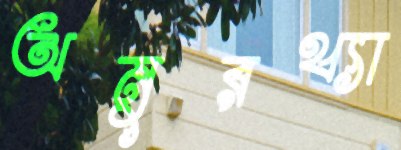
অনুরথ্যা